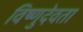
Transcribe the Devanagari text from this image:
विष्णुदेवता